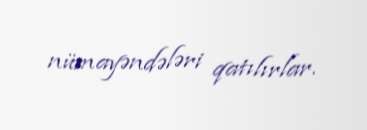
nümayəndələri qatılırlar.